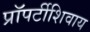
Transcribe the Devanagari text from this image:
प्रॉपर्टीशिवाय